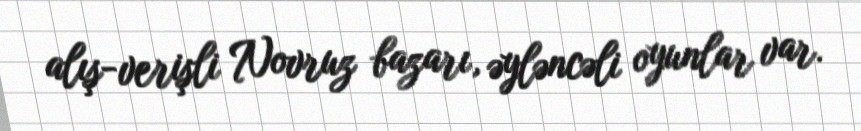
alış-verişli Novruz bazarı, əyləncəli oyunlar var.